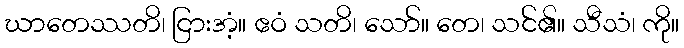
ဃာတေဿတိ၊ ငြားအံ့။ ဧဝံ သတိ၊ သော်။ တေ၊ သင်၏။ သီသံ၊ ကို။